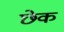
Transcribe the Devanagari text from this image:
छेक